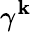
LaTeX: \gamma^{\mathbf{k}}